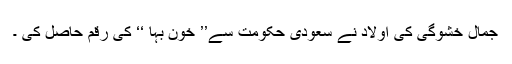
جمال خشوگی کی اولاد نے سعودی حکومت سے’’ خون بہا ‘‘ کی رقم حاصل کی ۔